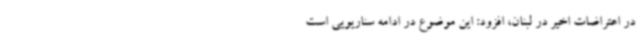
در اعتراضات اخیر در لبنان، افزود: این موضوع در ادامه سناریویی است